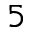
^ 5